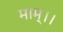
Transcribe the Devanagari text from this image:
माम्।।